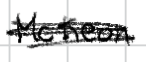
Text: McKeon
Cross-out: mix
Writing tool: digital_black